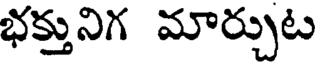
భక్తునిగ మార్చుట